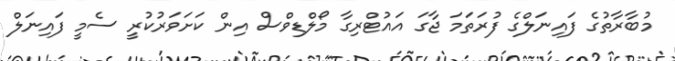
މުބާރާތުގެ ފައިނަލްގެ ފުރަތަމަ ޖާގަ އައުޓްރިގާ މޯލްޑިވްސް އިން ކަށަވަރުކުރީ ސެމީ ފައިނަލް